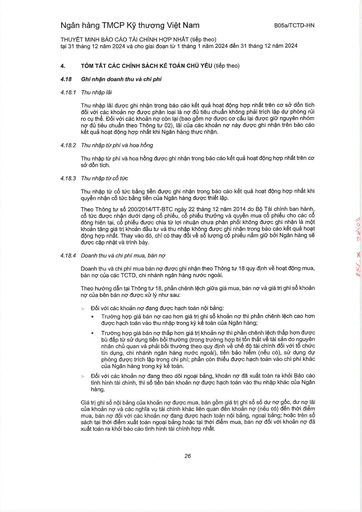
|4.|TÓM TẮT CÁC CHÍNH SÁCH KẾ TOÁN CHỦ YẾU (tiếp theo)| |---|---| |4.18|Ghi nhận doanh thu và chi phí| |4.18.1|Thu nhập lãi Thu nhập lãi được ghi nhận trong báo cáo kết quả hoạt động hợp nhất trên cơ sở dồn tích đối với các khoản nợ được phân loại là nợ đủ tiêu chuẩn không phải trích lập dự phòng rủi ro cụ thể. Đối với các khoản nợ còn lại (bao gồm nợ được cơ cấu lại được giữ nguyên nhóm nợ đủ tiêu chuẩn theo Thông tư 02), lãi của các khoản nợ này được ghi nhận trên báo cáo kết quả hoạt động hợp nhất khi Ngân hàng thực nhận.| |4.18.2|Thu nhập từ phí và hoa hồng Thu nhập từ phí và hoa hồng được ghi nhận trong báo cáo kết quả hoạt động hợp nhất trên cơ sở dồn tích.| |4.18.3|Thu nhập từ cổ tức Thu nhập từ cổ tức bằng tiền được ghi nhận trong báo cáo kết quả hoạt động hợp nhất khi quyền nhận cổ tức bằng tiền của Ngân hàng được thiết lập. Theo Thông tư số 200/2014/TT-BTC ngày 22 tháng 12 năm 2014 do Bộ Tài chính ban hành, cổ tức được nhận dưới dạng cổ phiếu, cổ phiếu thưởng và quyền mua cổ phiếu cho các cổ đông hiện tại, cổ phiếu được chia từ lợi nhuận chưa phân phối không được ghi nhận là một khoản tăng giá trị khoản đầu tư và thu nhập không được ghi nhận trong báo cáo kết quả hoạt động hợp nhất. Thay vào đó, chỉ có thay đổi về số lượng cổ phiếu nắm giữ bởi Ngân hàng sẽ được cập nhật và trình bày.| |4.18.4|Doanh thu và chi phí mua, bán nợ Doanh thu và chi phí mua bán nợ được ghi nhận theo Thông tư 18 quy định về hoạt động mua, bán nợ của các TCTD, chi nhánh ngân hàng nước ngoài.| ||Theo hướng dẫn tại Thông tư 18, phần chênh lệch giữa giá mua, bán nợ và giá trị ghi sổ khoản nợ của bên bán nợ được xử lý như sau:| ||Đối với các khoản nợ đang được hạch toán nội bảng: Trường hợp giá bán nợ cao hơn giá trị ghi sổ khoản nợ thì phần chênh lệch cao hơn được hạch toán vào thu nhập trong kỳ kế toán của Ngân hàng;| ||Trường hợp giá bán nợ thấp hơn giá trị khoản nợ thì phần chênh lệch thấp hơn được bù đắp từ sử dụng tiền bồi thường (trong trường hợp bị tổn thất về tài sản do nguyên nhân chủ quan và phải bồi thường theo quy định về chế độ tài chính đối với tổ chức tín dụng, chi nhánh ngân hàng nước ngoài), tiền bảo hiểm (nếu có), sử dụng dự phòng được trích lập trong chi phí; phần còn thiếu được hạch toán vào chi phí khác của Ngân hàng trong kỳ kế toán.| ||Đối với các khoản nợ đang theo dõi ngoại bảng, khoản nợ đã xuất toán ra khỏi Báo cáo tình hình tài chính, thì số tiền bán khoản nợ được hạch toán vào thu nhập khác của Ngân hàng.| ||Giá trị ghi sổ nội bảng của khoản nợ được mua, bán gồm giá trị ghi sổ số dư nợ gốc, dư nợ lãi của khoản nợ và các nghĩa vụ tài chính khác liên quan đến khoản nợ (nếu có) đến thời điểm mua, bán nợ đối với các khoản nợ đang được hạch toán nội bảng, ngoại bảng; hoặc trên sổ sách tại thời điểm xuất toán ngoại bảng hoặc tại thời điểm mua, bán nợ đối với khoản nợ đã|